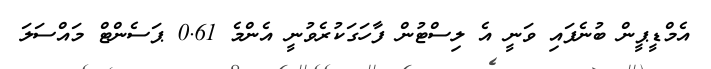
އެމްޑީޕީން ބުނެފައި ވަނީ އެ ލިސްޓުން ފާހަގަކުރެވުނީ އެންމެ 0.61 ޕަސެންޓް މައްސަލަ